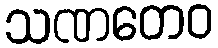
သဏတေဝ